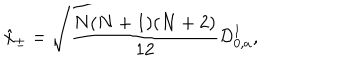
\hat { x } _ { \pm } = \sqrt { \frac { N ( N + 1 ) ( N + 2 ) } { 1 2 } } { \cal D } _ { 0 , a } ^ { 1 } ,